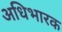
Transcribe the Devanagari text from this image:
अधिभारक